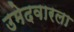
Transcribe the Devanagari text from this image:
उमेदवारला